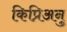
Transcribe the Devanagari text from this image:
किप्रिअनु